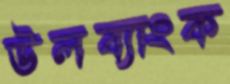
উলব্যাংক